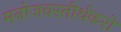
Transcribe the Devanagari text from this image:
मनोजवस्तीर्थकरो